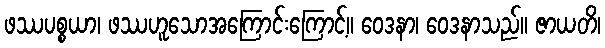
ဖဿပစ္စယာ၊ ဖဿဟူသောအကြောင်းကြောင့်။ ဝေဒနာ၊ ဝေဒနာသည်။ ဇာယတိ၊